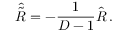
\hat { \tilde { R } } = - \frac { 1 } { D - 1 } \hat { R } \, .